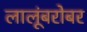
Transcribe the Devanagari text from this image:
लालूंबरोबर